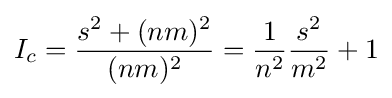
I_{c}={\frac {s^{2}+(nm)^{2}}{(nm)^{2}}}={\frac {1}{n^{2}}}{\frac {s^{2}}{m^{2}}}+1